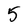
Character: 5